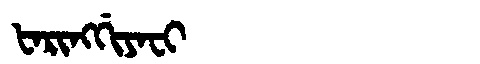
Manchu: ᡶᠠᡵᡳᠩᡤᡳᠶᠠᠸᡳ
Romanization: FARINGGIYAFI